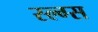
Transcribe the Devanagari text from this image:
स्ल्ग्स